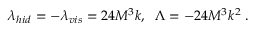
\lambda _ { h i d } = - \lambda _ { v i s } = 2 4 M ^ { 3 } k , \; \; \Lambda = - 2 4 M ^ { 3 } k ^ { 2 } \; .